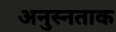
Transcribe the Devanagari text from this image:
अनुस्नताक